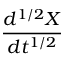
\frac { d ^ { 1 / 2 } X } { d t ^ { 1 / 2 } }